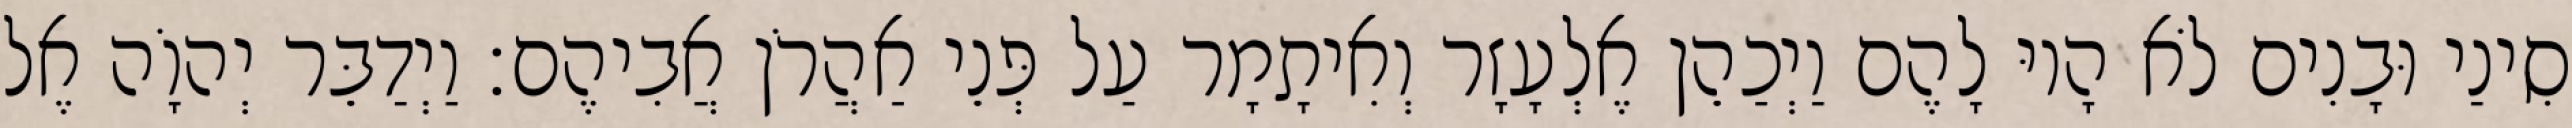
סִינַי וּבָנִים לֹא הָיוּ לָהֶם וַיְכַהֵן אֶלְעָזָר וְאִיתָמָר עַל פְּנֵי אַהֲרֹן אֲבִיהֶם׃ וַיְדַבֵּר יְהוָֹה אֶל